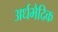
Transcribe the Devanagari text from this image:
अर्धभैदिक